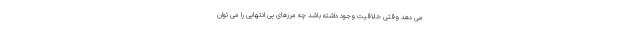
می دهد وقتی خلاقیت وجود داشته باشد چه مرزهای بی انتهایی را می توان